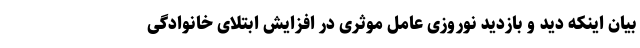
بیان اینکه دید و بازدید نوروزی عامل موثری در افزایش ابتلای خانوادگی